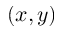
( x , y )